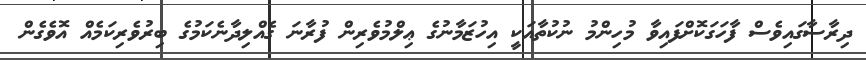
ދިރާސާގައިވެސް ފާހަގަކޮށްފައިވާ މުހިންމު ނުކުތާއަކީ އިހުޒަމާނުގެ ޢިލްމުވެރިން ފުރާނަ ގެއްލިދާނެކަމުގެ ބިރުވެރިކަމެއް އޮވެގެން